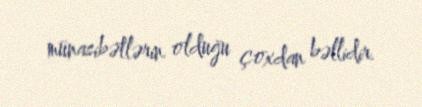
münasibətlərin olduğu çoxdan bəllidir.